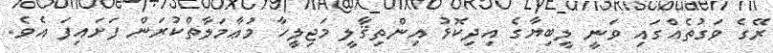
ރޭގެ ވަގުތެއްގައި ވަނީ ލީބިޔާގެ އިދިކޮޅު އިންތިޤާލީ މަޖިލީހާ މުޢާމަލާތްކުރަން ފަށައިފަ އެވެ.